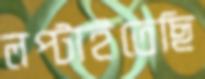
লপ্‌টাইতেছি